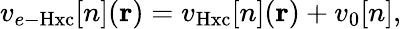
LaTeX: v_{e-\mathrm{Hxc}}[n](\mathbf{r})=v_{\mathrm{Hxc}}[n](\mathbf{r})+v_{0}[n],